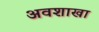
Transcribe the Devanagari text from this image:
अवशाखा